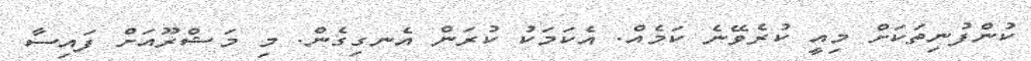
ކުންފުނިތަކަށް މިއީ ކުރެވޭނެ ކަމެއް. އެކަމަކު ކުރަން އެނގިގެން. މި މަޝްރޫއަށް ފައިސާ